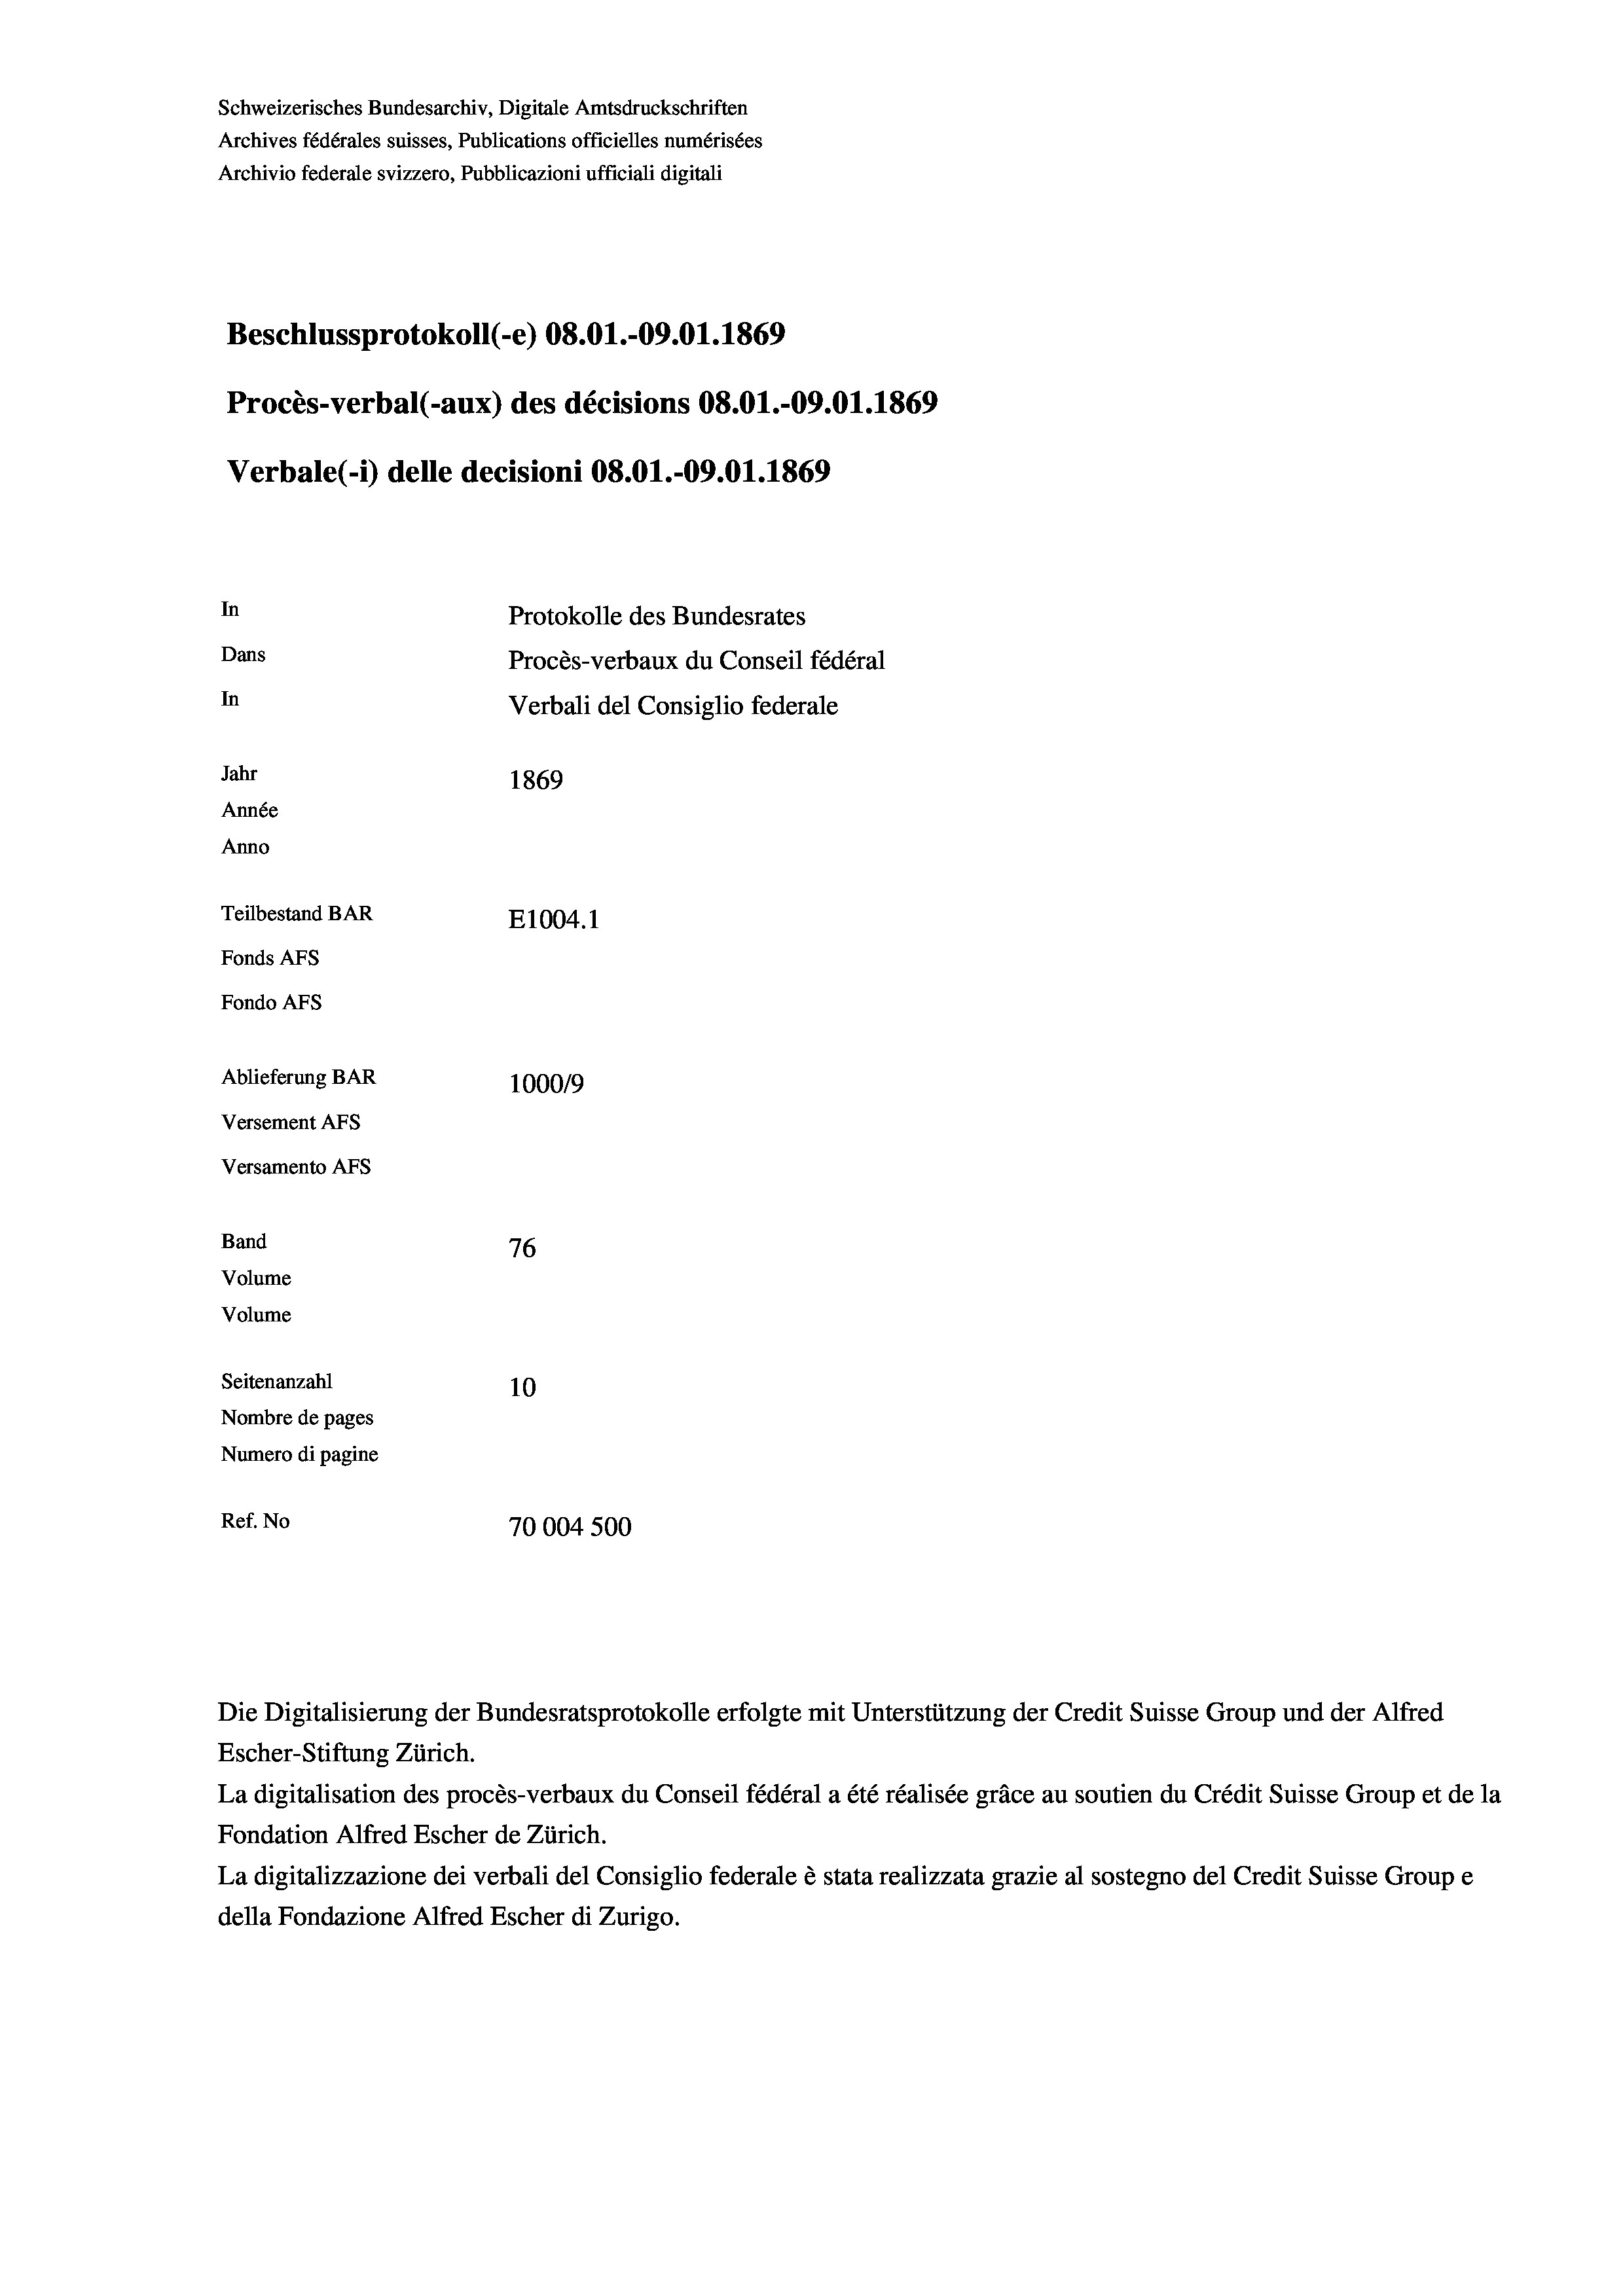
Schweizerisches Bundesarchiv, Digitale Amtsdruckschriften
Archives fédérales suisses, Publications officielles numérisées
Archivio federale svizzero, Pubblicazioni ufficiali digitali
Beschlussprotokoll (-e) 08.01.-09.01. 1869
Procès-verbal (-aux) des décisions 08.01.-09.01.1869
Verbale (1) delle decisioni 08.01.-09.01. 1869
In
Protokolle des Bundesrates
Dans
Procès-verbaux du Conseil fédéral
In
Verbali del Consiglio federale
Jahr
1869
Année
Anno
Teilbestand BAR
E1004.1
Fonds AFs
Fondo Afs
Ablieferung BAR
100019
Versement Ans
Versamento Afs
Band
76
Volume
Volume

Seitenanzahl
10
Nombre de pages
Numero di pagine
Ref. No
70004 500

Escher-Stiftung Zürich.
La digitalisation des procès-verbaux du Conseil fédéral a été réalisée gräce au soutien du Crédit Suisse Group et de la
Fondation Alfred Escher de Zürich.
La digitalizzazione dei verbali del Consiglio federale è stata realizzata grazie al sostegno del Credit Suisse Groupe
della Fondazione Alfred Escher di Zurigo.

Die Digitalisierung der Bundesratsprotokolle erfolgte mit Unterstützung der Credit Suisse Group und der Alfred